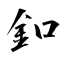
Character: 釦